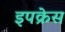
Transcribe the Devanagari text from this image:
इपक्रेस